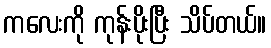
ကလေးကို ကုန်းပိုးပြီး သိပ်တယ်။